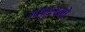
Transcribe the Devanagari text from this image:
आभुशनो